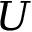
U